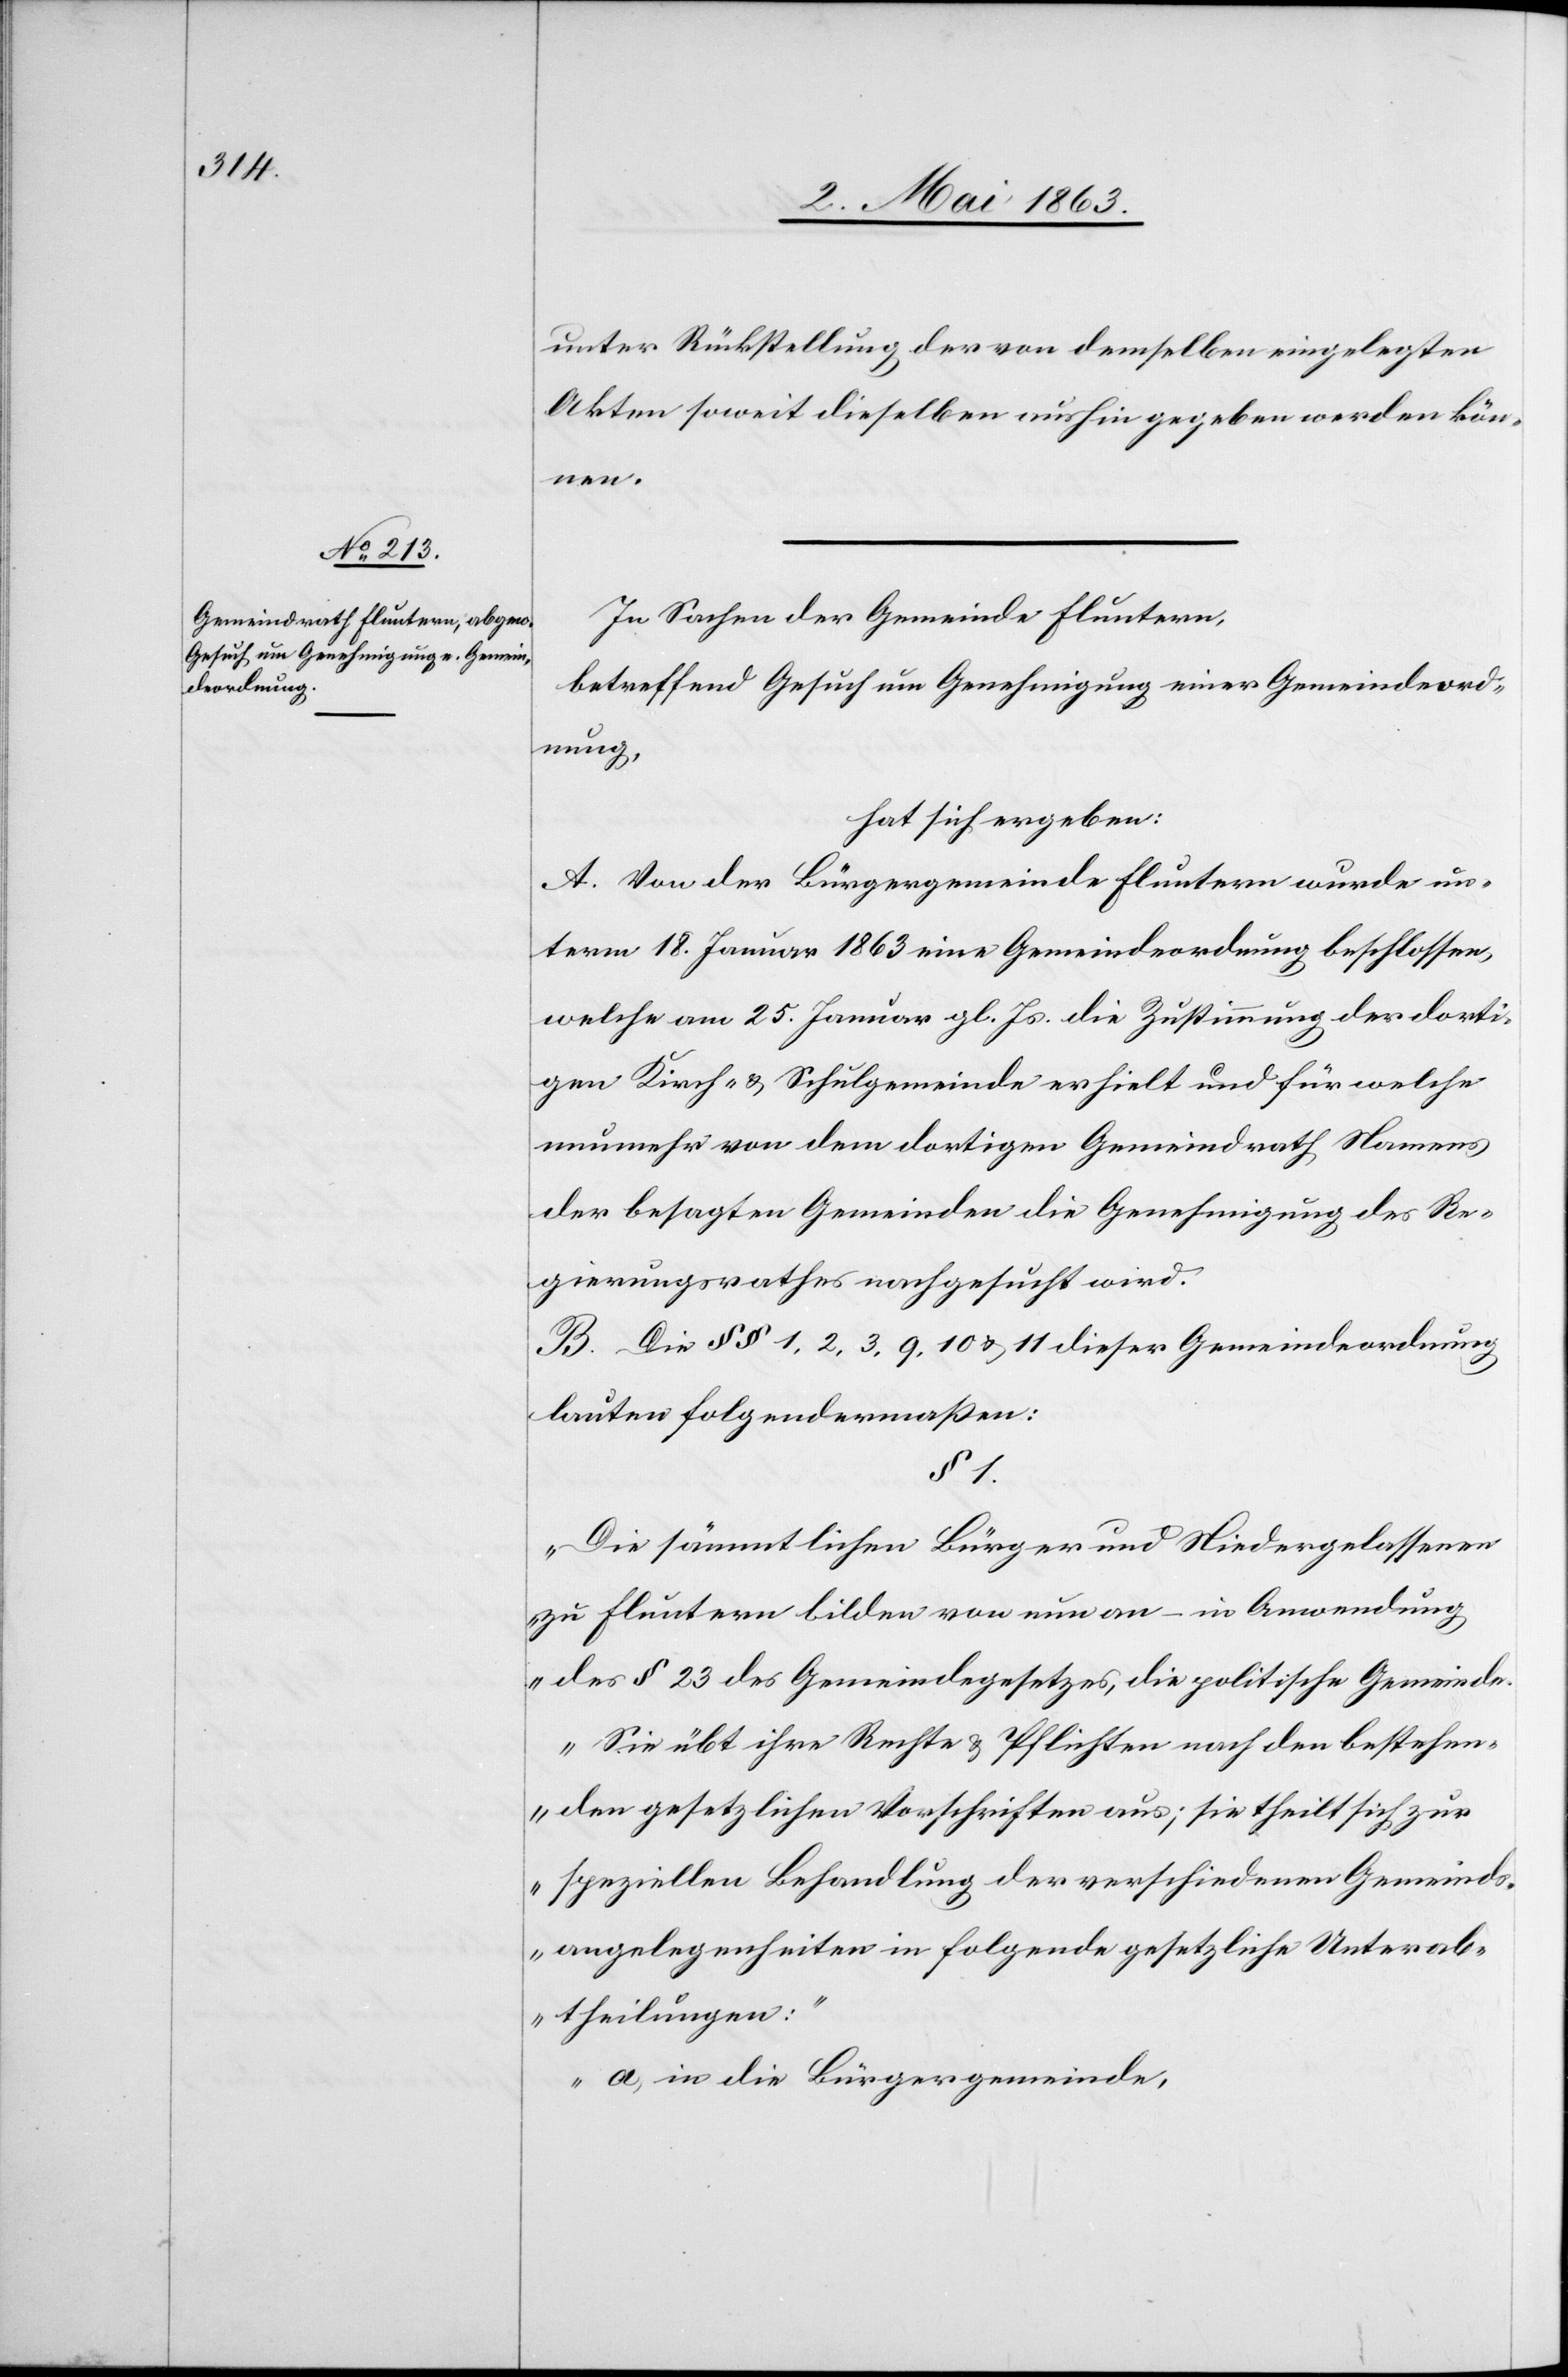
unter Rückstellung der von demselben eingelegten
Akten soweit dieselben aushingegeben werden kön¬
nen.
In Sachen der Gemeinde Fluntern,
betreffend Gesuch um Genehmigung einer Gemeindeord¬
nung,
hat sich ergeben:
A. Von der Bürgergemeinde Fluntern wurde un¬
term 18. Januar 1863 eine Gemeindeordnung beschlossen,
welche am 25. Januar gl. Js. die Zustimmung der dorti¬
gen Kirch- & Schulgemeinde erhielt und für welche
nunmehr von dem dortigen Gemeindrath Namens
der besagten Gemeinden die Genehmigung des Re¬
gierungsrathes nachgesucht wird.
B. Die §§ 1, 2, 3, 9, 10 & 11 dieser Gemeindeordnung
lauten folgendermaßen:
§ 1.
„Die sämmtlichen Bürger und Niedergelassenen
zu Fluntern bilden von nun an – in Anwendung
des § 23 des Gemeindegesetzes, die politische Gemeinde.
Sie übt ihre Rechte & Pflichten nach den bestehen¬
den gesetzlichen Vorschriften aus; sie theilt sich zur
speziellen Behandlung der verschiedenen Gemeinds¬
angelegenheiten in folgende gesetzliche Unterab¬
theilungen:
a) in die Bürgergemeinde,